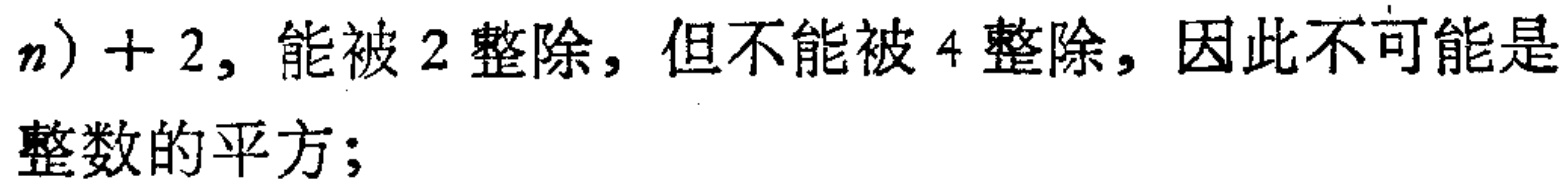
$n)+2$，能被$2$整除，但不能被$4$整除，因此不可能是整数的平方；